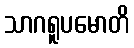
သာဂရူပမောတိ